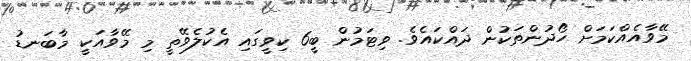
މޭވާއެއްކަމަށް ހޯދުންތަކުން ދައްކައެވެ. ވިޓަމުން ބީ6 ކިވީގައި އެކުލެވޭތީ މި މޭވާއަކީ މާބަނޑު